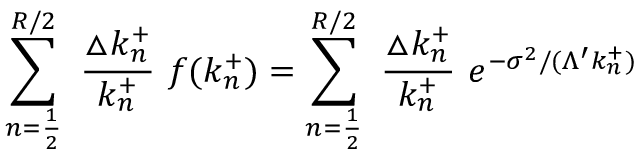
\sum _ { n = \frac { 1 } { 2 } } ^ { R / 2 } ~ \frac { \triangle k _ { n } ^ { + } } { k _ { n } ^ { + } } ~ f ( k _ { n } ^ { + } ) = \sum _ { n = \frac { 1 } { 2 } } ^ { R / 2 } ~ \frac { \triangle k _ { n } ^ { + } } { k _ { n } ^ { + } } ~ e ^ { - \sigma ^ { 2 } / ( \Lambda ^ { \prime } k _ { n } ^ { + } ) }